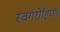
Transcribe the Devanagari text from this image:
स्वर्गरोहिणी